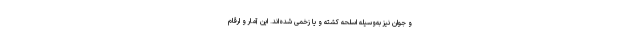
و جوان نیز به‌وسیله اسلحه کشته و یا زخمی شده‌اند. این آمار و ارقام